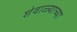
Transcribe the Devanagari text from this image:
शेवाळ्याच्या